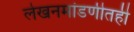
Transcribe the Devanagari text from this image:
लेखनमांडणीतही